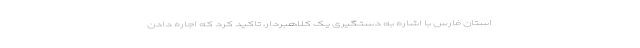
استان فارس با اشاره به دستگیری یک کلاهبردار، تاکید کرد که اجاره دادن